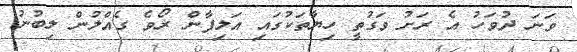
ވަނަ ދުވަހު އެ ރަށު ވަގުތީ ހިޔާތަކުގައި އަލިފާން ރޯވެ ގެއްލުން ލިބުނު